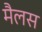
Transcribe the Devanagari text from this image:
मैलस